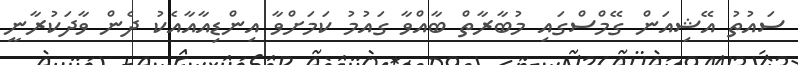
ސައުތު އޭޝިއަން ގޭމްސްގައި މުބާރާތް ބާއްވާ ގައުމު ކަމަށްވާ އިންޑިއާއާއެކު ދެން ވާދަކުރާނީ